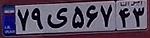
۷۹ی۵۶۷۴۳